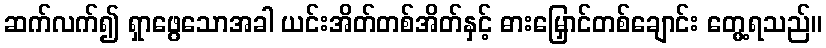
ဆက်လက်၍ ရှာဖွေသောအခါ ယင်းအိတ်တစ်အိတ်နှင့် ဓားမြှောင်တစ်ချောင်း တွေ့ရသည်။